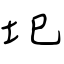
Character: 圯